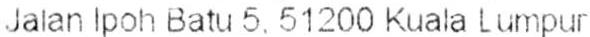
JALAN IPOH BATU 5. 51200 KUALA LUMPUR